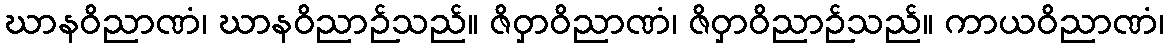
ဃာနဝိညာဏံ၊ ဃာနဝိညာဉ်သည်။ ဇိဝှာဝိညာဏံ၊ ဇိဝှာဝိညာဉ်သည်။ ကာယဝိညာဏံ၊